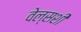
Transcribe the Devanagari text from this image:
वेल्सशी